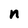
Character: n